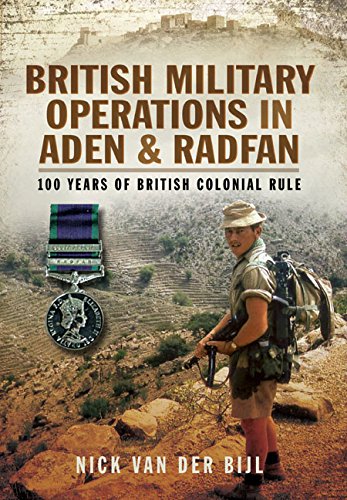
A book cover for British Military Operations in Aden and Radfan: 100 Years of British Colonial Rule; Nick Van der Bijl; History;